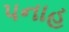
પનાહ